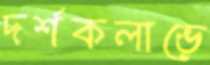
দর্শকলাভে